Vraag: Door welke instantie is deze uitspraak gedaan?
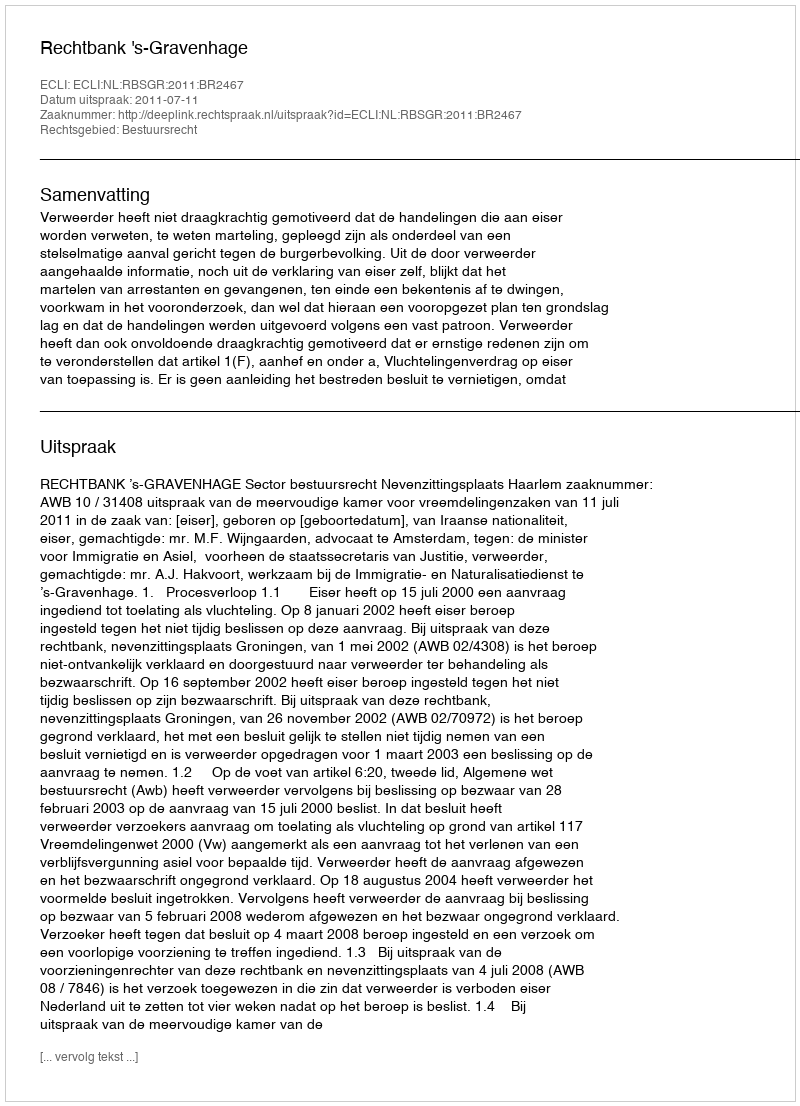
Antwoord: Rechtbank 's-Gravenhage